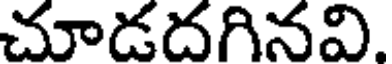
చూడదగినవి.